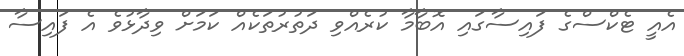
އެއީ ޓެކްސްގެ ފައިސާގައި އޮބާމާ ކުރެއްވި ދަތުރުތަކެއް ކަމަށް ވިދާޅުވެ އެ ފައިސާ